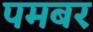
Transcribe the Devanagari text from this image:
पमबर